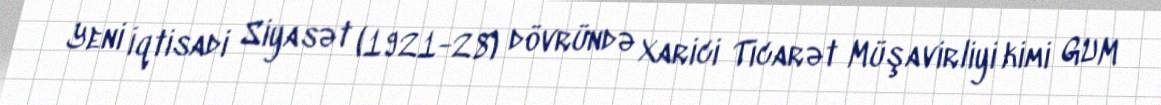
Yeni İqtisadi Siyasət (1921-28) dövründə Xarici Ticarət Müşavirliyi kimi GUM